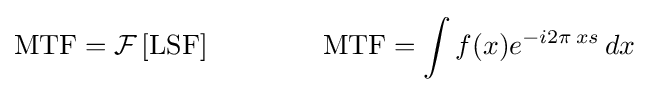
\operatorname {MTF} ={\mathcal {F}}\left[\operatorname {LSF} \right]\qquad \qquad \operatorname {MTF} =\int f(x)e^{-i2\pi \,xs}\,dx